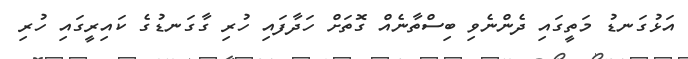
އަޅުގަނޑު މަތީގައި ދެންނެވި ބިސްތާނެއް ގޮތަށް ހަދާފައި ހުރި ގާގަނޑުގެ ކައިރީގައި ހުރި